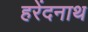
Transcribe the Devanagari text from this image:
हरेंदनाथ